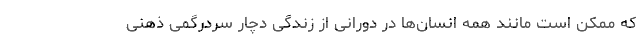
که ممکن است مانند همه انسان‌ها در دورانی از زندگی دچار سردرگمی ذهنی